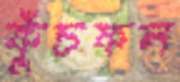
কুঁচফল